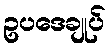
ဥပဒေချုပ်